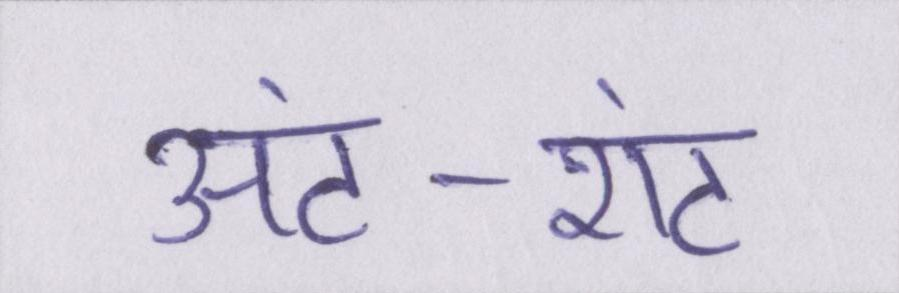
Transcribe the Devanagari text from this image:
अंट-शंट